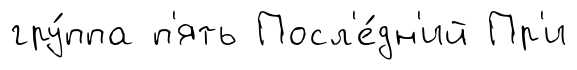
гру́ппа п'ять Посл'е́дн'ий Пр'и